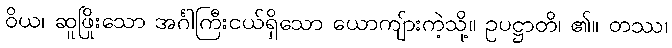
ဝိယ၊ ဆူဖြိုးသော အင်္ဂါကြီးငယ်ရှိသော ယောကျ်ားကဲ့သို့။ ဥပဋ္ဌာတိ၊ ၏။ တဿ၊